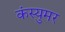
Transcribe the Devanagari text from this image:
कंस्युमर